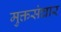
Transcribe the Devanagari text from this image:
मुक्तसंचार